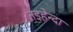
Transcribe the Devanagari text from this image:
तइहेन्दा